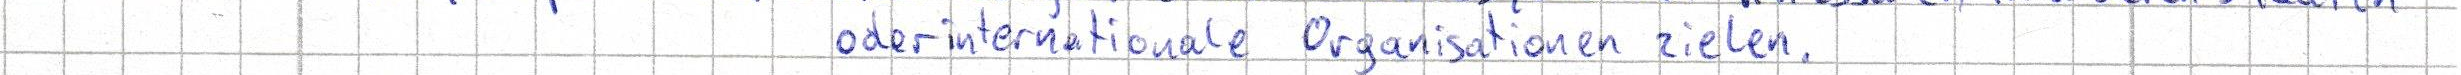
oder internationale Organisationen zielen.